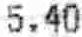
5.40